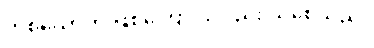
တစ်ယောက် ဖြစ်ကြောင်းလည်း သိစေသည်။